Punjab Mental Hospital Lahore 1922-31 - 1922-1931
Year: 1922
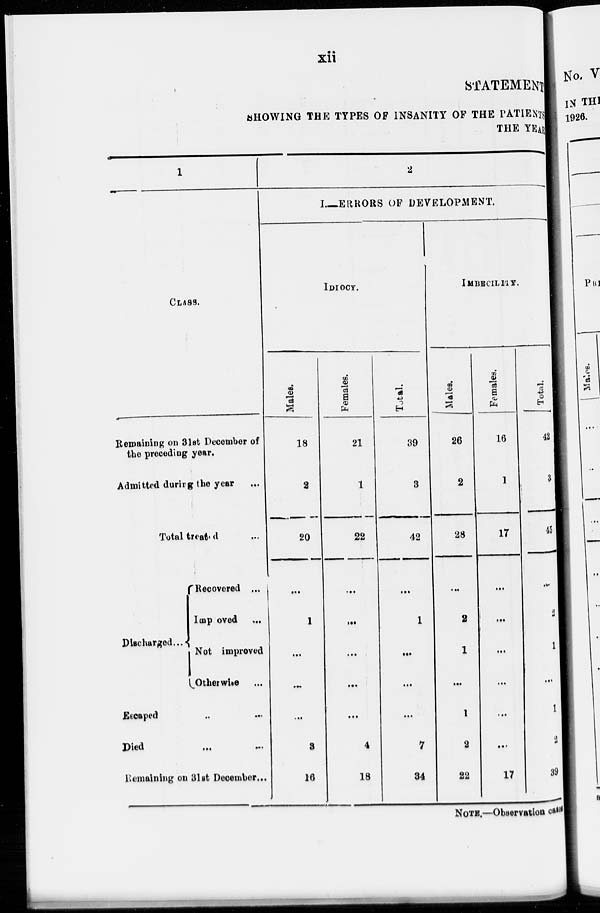
xii
STATEMENT
SHOWING THE TYPES OF INSANITY OF THE PATIENTS
THE YEAR
1
CLASS.
Remaining on 31st December of
the preceding year.
Admitted during the year ...
Total treated ...
Discharged...
Recovered ...
Improved ...
Not improved
Otherwise ...
Escaped ... ...
Died ... ...
Remaining on 31st December...
2
I.—ERRORS OF DEVELOPMENT.
IDIOCY.
Males.
18
2
20
...
1
...
...
...
3
16
Females.
21
1
22
...
...
...
...
...
4
18
Total.
39
3
42
...
1
...
...
...
7
34
IMBECILITY.
Males.
26
2
28
...
2
1
...
1
2
22
Females.
16
1
17
...
...
...
...
...
...
17
Total.
42
3
45
...
2
1
...
1
2
39
NOTE.—Observation cases